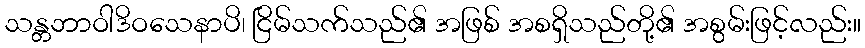
သန္တဘာဝါဒိဝသေနာပိ၊ ငြိမ်သက်သည်၏ အဖြစ် အစရှိသည်တို့၏ အစွမ်းဖြင့်လည်း။